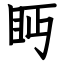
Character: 眄